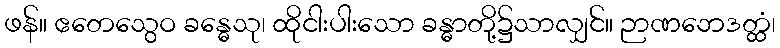
ဖန်။ ဧတေသွေဝ ခန္ဓေသု၊ ထိုငါးပါးသော ခန္ဓာတို့၌သာလျှင်။ ဉာဏဘေဒတ္ထံ၊